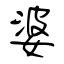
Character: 婆